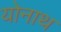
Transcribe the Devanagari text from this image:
योनाथ